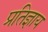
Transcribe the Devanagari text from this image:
प्रतिज्ञाय